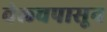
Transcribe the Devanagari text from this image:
वेल्चपासून